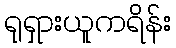
ရုရှားယူကရိန်း